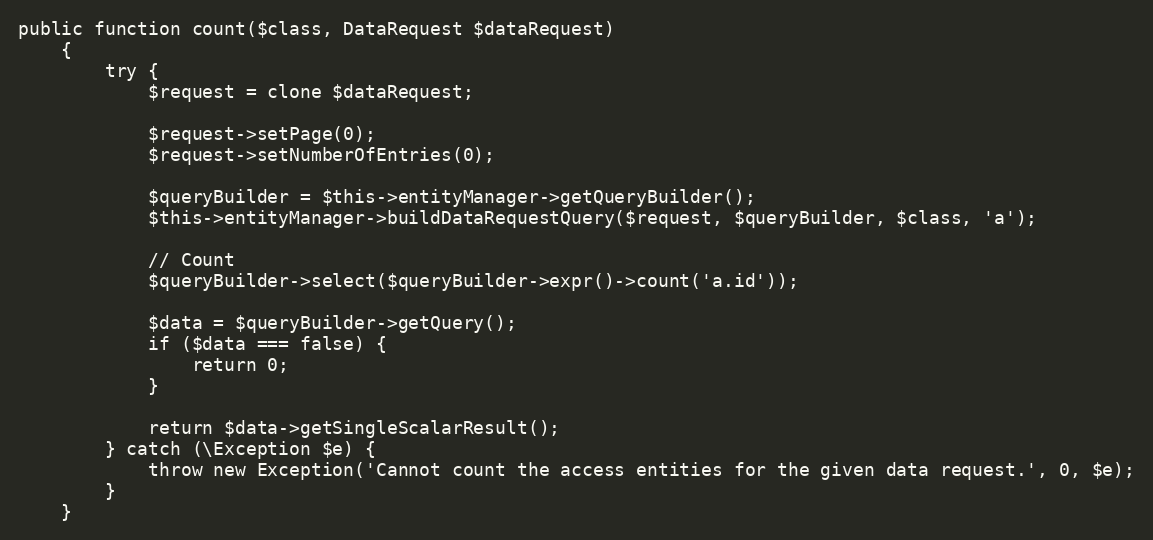
Language: PHP
public function count($class, DataRequest $dataRequest)
    {
        try {
            $request = clone $dataRequest;

            $request->setPage(0);
            $request->setNumberOfEntries(0);

            $queryBuilder = $this->entityManager->getQueryBuilder();
            $this->entityManager->buildDataRequestQuery($request, $queryBuilder, $class, 'a');

            // Count
            $queryBuilder->select($queryBuilder->expr()->count('a.id'));

            $data = $queryBuilder->getQuery();
            if ($data === false) {
                return 0;
            }

            return $data->getSingleScalarResult();
        } catch (\Exception $e) {
            throw new Exception('Cannot count the access entities for the given data request.', 0, $e);
        }
    }